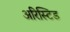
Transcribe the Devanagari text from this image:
अरिस्टिड